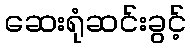
ဆေးရုံဆင်းခွင့်